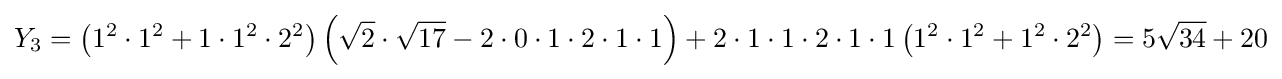
Y_{3}=\left(1^{2}\cdot 1^{2}+1\cdot 1^{2}\cdot 2^{2}\right)\left({\sqrt {2}}\cdot {\sqrt {17}}-2\cdot 0\cdot 1\cdot 2\cdot 1\cdot 1\right)+2\cdot 1\cdot 1\cdot 2\cdot 1\cdot 1\left(1^{2}\cdot 1^{2}+1^{2}\cdot 2^{2}\right)=5{\sqrt {34}}+20